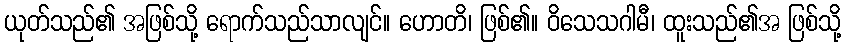
ယုတ်သည်၏ အဖြစ်သို့ ရောက်သည်သာလျင်။ ဟောတိ၊ ဖြစ်၏။ ဝိသေသဂါမီ၊ ထူးသည်၏အ ဖြစ်သို့